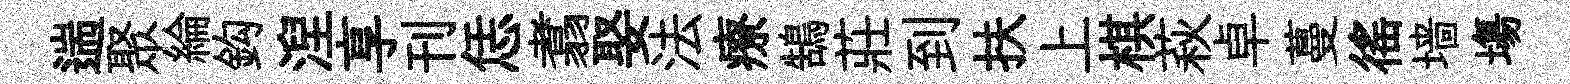
遄聚綸鈎湼享刊恁翥娶法療鵠莊到扶上棋萩卓蔓徭墙塲